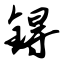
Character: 锝